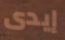
إيدى